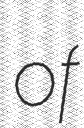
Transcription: of